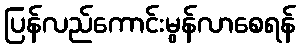
ပြန်လည်ကောင်းမွန်လာစေရန်